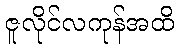
ဇူလိုင်လကုန်အထိ